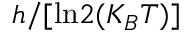
h / [ \mathrm { l n } 2 ( K _ { B } T ) ]